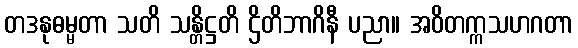
တဒနုဓမ္မတာ သတိ သန္တိဋ္ဌတိ ဌိတိဘာဂိနီ ပညာ။ အဝိတက္ကသဟဂတာ